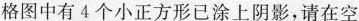
格图中有4个小正方形已涂上阴影，请在空